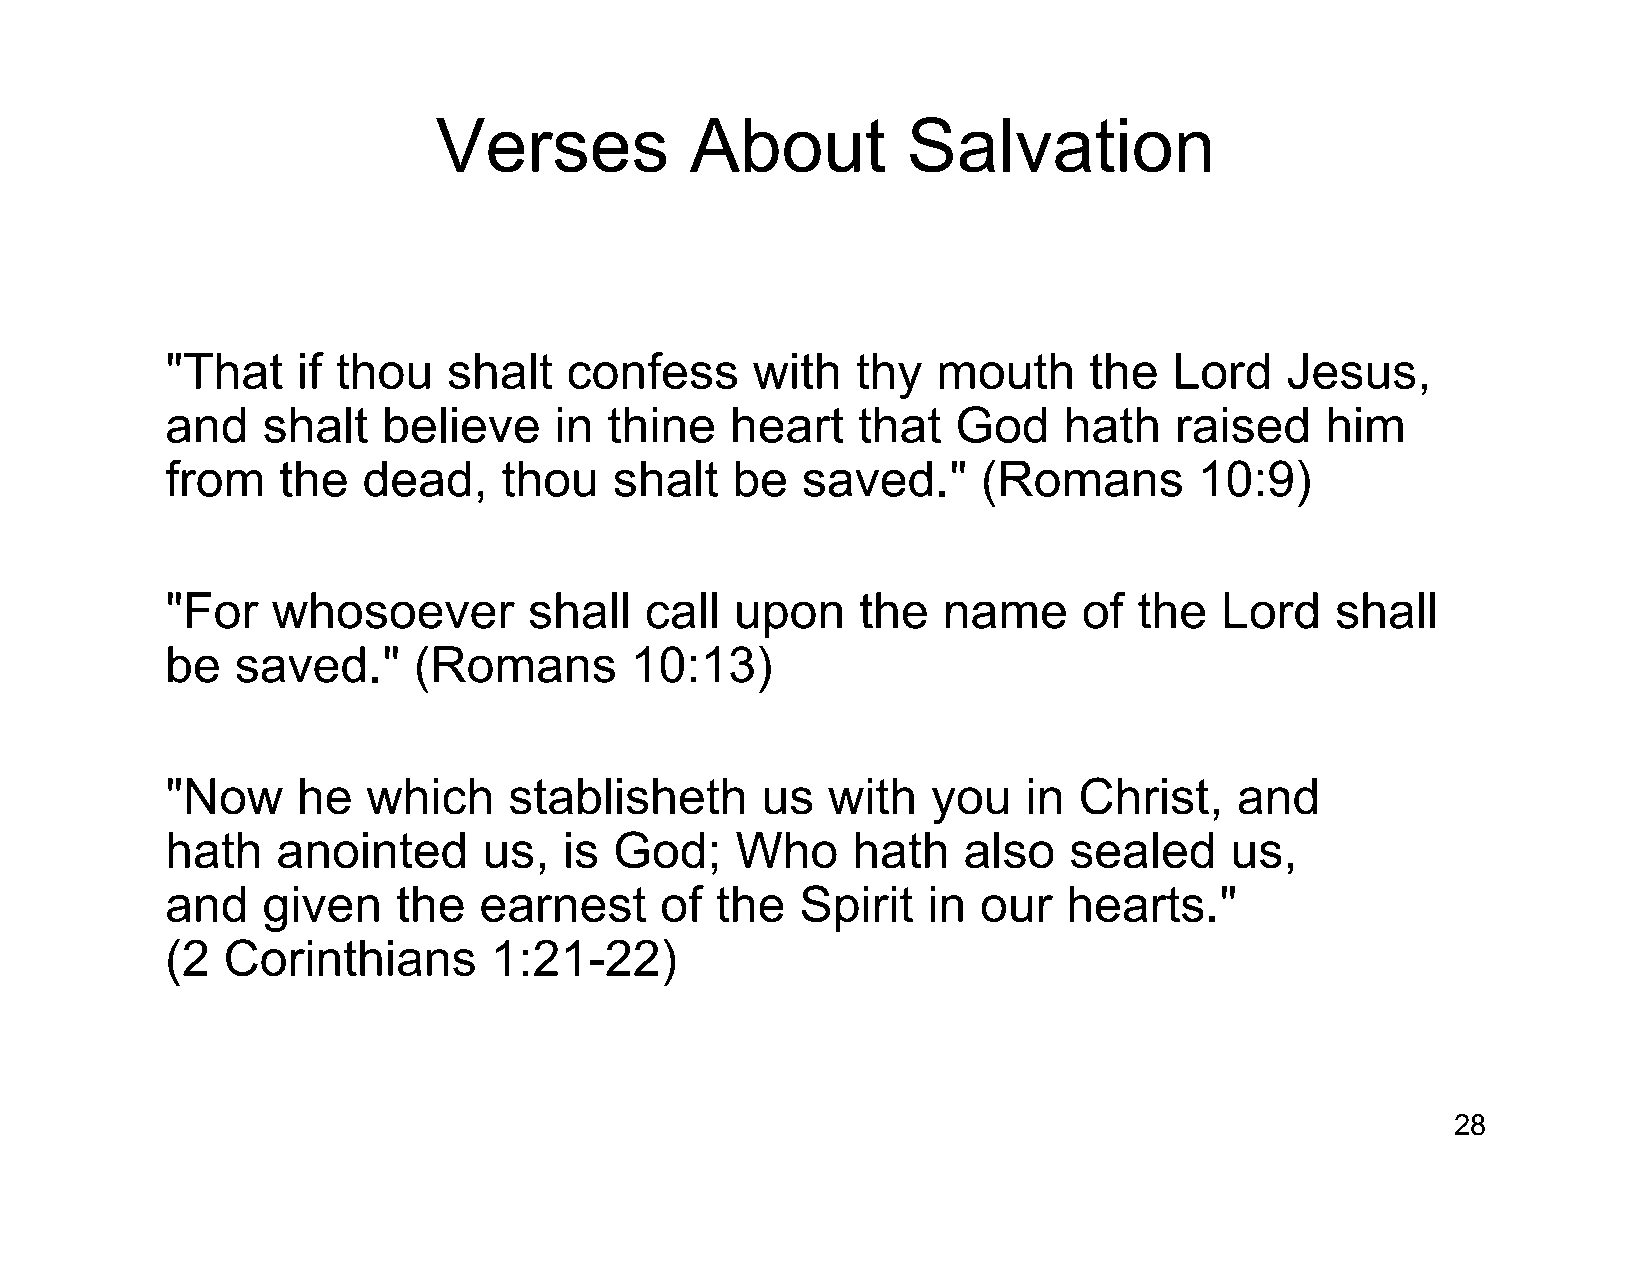
Verses           About         Salvation
 "That    if thou   shalt  confess      with   thy  mouth     the   Lord   Jesus,
 and   shalt   believe     in thine   heart    that  God    hath    raised    him
 from   the   dead,    thou    shalt  be   saved."     (Romans       10:9)
 "For   whosoever        shall   call  upon    the  name      of the   Lord   shall
 be   saved."    (Romans        10:13)
 "Now     he  which     stablisheth     us   with   you   in Christ,    and
 hath   anointed      us,  is  God;    Who    hath    also   sealed    us,
 and   given    the   earnest     of the   Spirit  in  our   hearts."
 (2  Corinthians      1:21-22)
 28